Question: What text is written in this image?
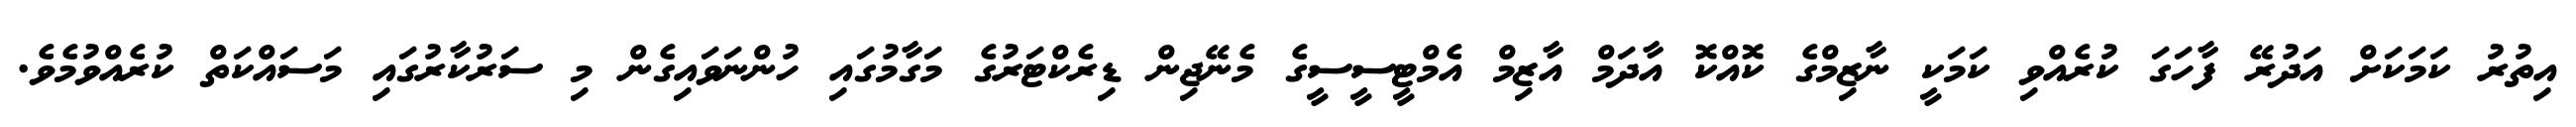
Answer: އިތުރު ކަމަކަށް އަދުރޭ ފާހަގަ ކުރެއްވި ކަމަކީ ނާޒިމްގެ ކޮއްކޮ އާދަމް އާޒިމް އެމްޓީސީސީގެ މެނޭޖިން ޑިރެކްޓަރުގެ މަގާމުގައި ހުންނަވައިގެން މި ސަރުކާރުގައި މަސައްކަތް ކުރެއްވުމެވެ.